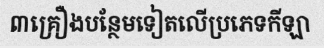
៣គ្រឿងបន្ថែមទៀតលើប្រភេទកីឡា